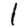
Digit: 1